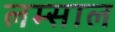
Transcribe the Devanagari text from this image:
लम्साल